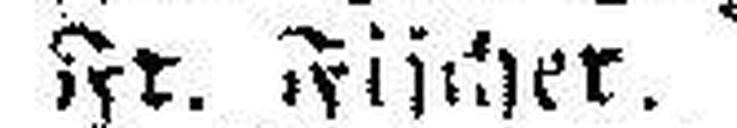
Fr. Fischer.